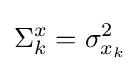
\Sigma _{k}^{x}=\sigma _{x_{k}}^{2}